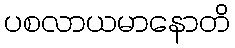
ပစလာယမာနောတိ